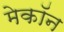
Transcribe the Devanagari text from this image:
मेकॉन